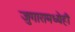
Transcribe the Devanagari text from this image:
जुगारामध्येही